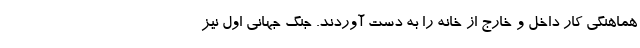
هماهنگی کار داخل و خارج از خانه را به دست آوردند. جنگ جهانی اول نیز